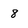
Character: 8